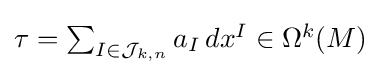
{\textstyle \tau =\sum _{I\in {\mathcal {J}}_{k,n}}a_{I}\,dx^{I}\in \Omega ^{k}(M)}